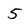
Character: 5